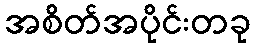
အစိတ်အပိုင်းတခု